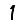
Digit: 1